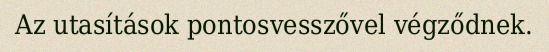
Az utasítások pontosvesszővel végződnek.